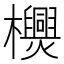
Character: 𣠪